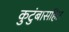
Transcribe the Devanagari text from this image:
कुटुंबासहित